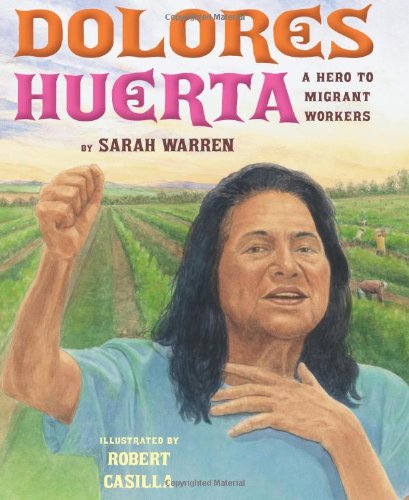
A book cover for Dolores Huerta: A Hero to Migrant Workers; Sarah Warren; Children's Books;